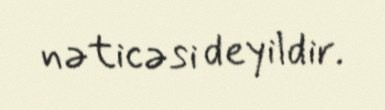
nəticəsi deyildir.